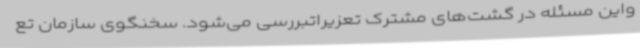
واین مسئله در گشت‌های مشترک تعزیراتبررسی می‌شود. سخنگوی سازمان تع